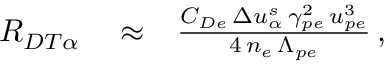
\begin{array} { r l r } { { \cal R } _ { D T \alpha } } & { { } \approx } & { \frac { C _ { D e } \, \Delta u _ { \alpha } ^ { s } \, \gamma _ { p e } ^ { 2 } \, u _ { p e } ^ { 3 } } { 4 \, n _ { e } \, \Lambda _ { p e } } \, , } \end{array}